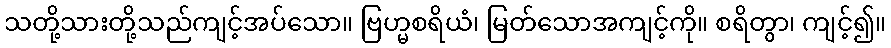
သတို့သားတို့သည်ကျင့်အပ်သော။ ဗြဟ္မစရိယံ၊ မြတ်သောအကျင့်ကို။ စရိတွာ၊ ကျင့်၍။